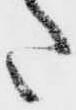
た